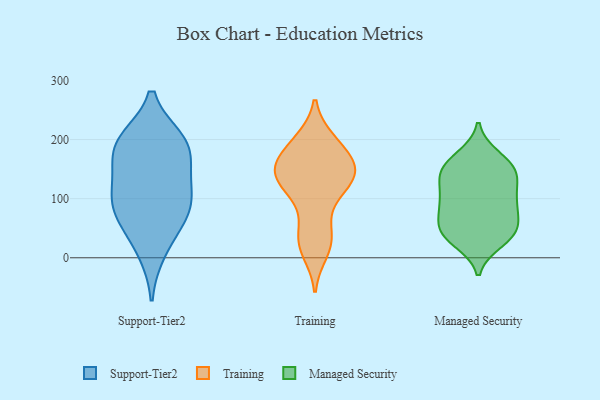
{"axis": {"x": "Bounce Rate (%)", "y": "Value"}, "legend": ["Managed Security", "Support-Tier2", "Training"], "data": [{"x": "", "y": 58, "type": "Support-Tier2"}, {"x": "", "y": 86, "type": "Support-Tier2"}, {"x": "", "y": 195, "type": "Support-Tier2"}, {"x": "", "y": 11, "type": "Support-Tier2"}, {"x": "", "y": 182, "type": "Support-Tier2"}, {"x": "", "y": 76, "type": "Support-Tier2"}, {"x": "", "y": 191, "type": "Support-Tier2"}, {"x": "", "y": 141, "type": "Support-Tier2"}, {"x": "", "y": 122, "type": "Support-Tier2"}, {"x": "", "y": 99, "type": "Support-Tier2"}, {"x": "", "y": 198, "type": "Support-Tier2"}, {"x": "", "y": 57, "type": "Training"}, {"x": "", "y": 184, "type": "Training"}, {"x": "", "y": 120, "type": "Training"}, {"x": "", "y": 198, "type": "Training"}, {"x": "", "y": 161, "type": "Training"}, {"x": "", "y": 150, "type": "Training"}, {"x": "", "y": 149, "type": "Training"}, {"x": "", "y": 118, "type": "Training"}, {"x": "", "y": 199, "type": "Training"}, {"x": "", "y": 29, "type": "Training"}, {"x": "", "y": 149, "type": "Training"}, {"x": "", "y": 108, "type": "Training"}, {"x": "", "y": 136, "type": "Training"}, {"x": "", "y": 10, "type": "Training"}, {"x": "", "y": 28, "type": "Training"}, {"x": "", "y": 154, "type": "Training"}, {"x": "", "y": 151, "type": "Managed Security"}, {"x": "", "y": 88, "type": "Managed Security"}, {"x": "", "y": 124, "type": "Managed Security"}, {"x": "", "y": 168, "type": "Managed Security"}, {"x": "", "y": 62, "type": "Managed Security"}, {"x": "", "y": 27, "type": "Managed Security"}, {"x": "", "y": 33, "type": "Managed Security"}, {"x": "", "y": 99, "type": "Managed Security"}, {"x": "", "y": 149, "type": "Managed Security"}, {"x": "", "y": 96, "type": "Managed Security"}, {"x": "", "y": 133, "type": "Managed Security"}, {"x": "", "y": 80, "type": "Managed Security"}, {"x": "", "y": 172, "type": "Managed Security"}, {"x": "", "y": 38, "type": "Managed Security"}, {"x": "", "y": 43, "type": "Managed Security"}, {"x": "", "y": 147, "type": "Managed Security"}, {"x": "", "y": 139, "type": "Managed Security"}, {"x": "", "y": 95, "type": "Managed Security"}, {"x": "", "y": 49, "type": "Managed Security"}, {"x": "", "y": 48, "type": "Managed Security"}]}